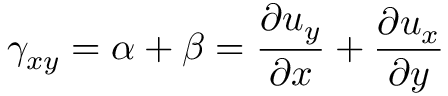
\gamma _ { x y } = \alpha + \beta = { \frac { \partial u _ { y } } { \partial x } } + { \frac { \partial u _ { x } } { \partial y } } \,